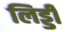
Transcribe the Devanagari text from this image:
लिड्डी